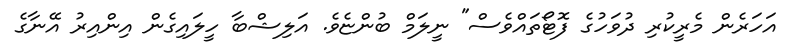
އަހަރެން މެރީކުރި ދުވަހުގެ ފޮޓޯތައްވެސް" ނީލަމް ބުންޏެވެ. އަލިޝްބާ ހީލައިގެން އިންއިރު އޭނާގެ